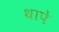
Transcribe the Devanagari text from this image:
थापे